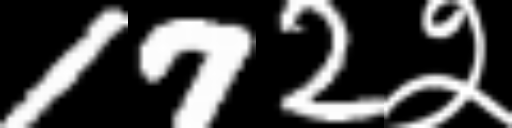
Text: 172२